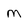
Character: M